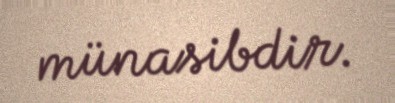
münasibdir.